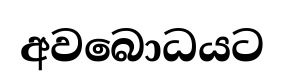
අවබොධයට